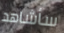
سأشاهد